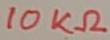
Text: 10KΩ